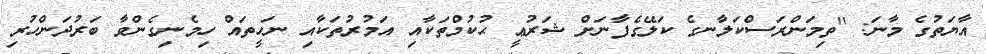
އާޔަތުގެ މާނަ: ''ތިމަންރަސްކަލާނގެ ކަލޭގެފާނަށް ޝަރުޢީ ޙުކުމްތަކާއި އަމުރުތަކާއި ނަހީތައް ހިމެނިގެންވާ ބަރުދަންހުރި